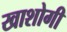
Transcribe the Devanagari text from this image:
खाशोगी